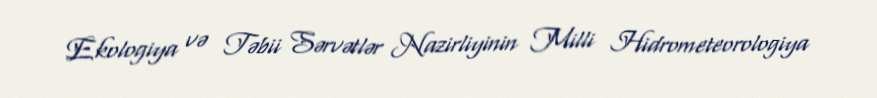
Ekologiya və Təbii Sərvətlər Nazirliyinin Milli Hidrometeorologiya